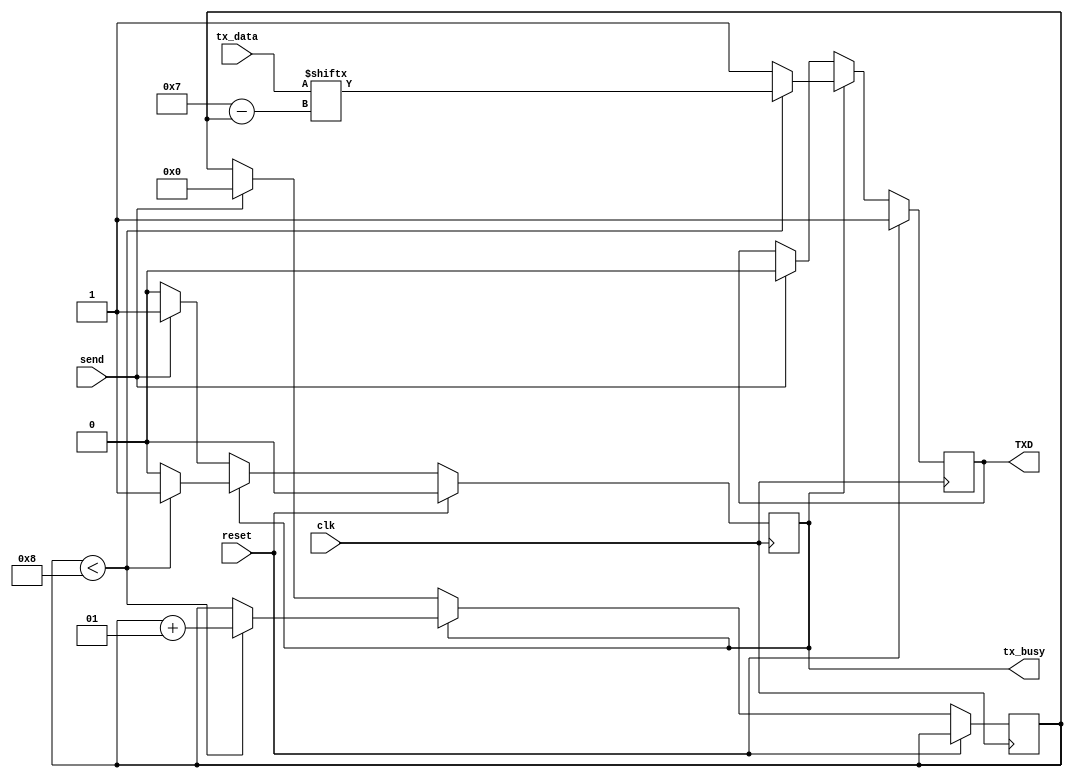
module transmitter(TXD, tx_data, clk, reset, tx_busy, send);
	input [0:7]	tx_data;
	input 		send;
	input		clk;
	input		reset;
	output		TXD;
	output 		tx_busy;

	parameter waiting = 1'b0;
	parameter writing = 1'b1;
	
	reg txd_reg = 1'b1;
	reg status = waiting;

	integer count = 0;

	always @(posedge clk)
		begin
			if(reset)
				begin
					status = waiting;
					txd_reg = 1'b1;
				end
			else if(status == waiting) 
				begin
					//$display("waiting");
					if(send)
						begin
							status = writing;
							txd_reg = 1'b0;
							count = 0;
						end
				end
			else 
				begin
					//$display("writing");
					if(count<8)
						begin
							txd_reg = tx_data[count];
							count=count+1;
						end
					else
						begin
							status = waiting;
							txd_reg = 1'b1;
						end
				end
		end

	assign tx_busy = status;
	assign TXD = txd_reg;
	
endmodule